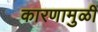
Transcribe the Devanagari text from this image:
कारणामुळीं